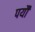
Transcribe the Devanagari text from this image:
पर्यौ